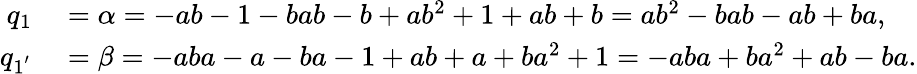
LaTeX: \begin{array}{rl}{q_{1}}&{{}=\alpha=-ab-1-bab-b+ab^{2}+1+ab+b=ab^{2}-bab-ab+ba,}\\ {q_{1^{'}}}&{{}=\beta=-aba-a-ba-1+ab+a+ba^{2}+1=-aba+ba^{2}+ab-ba.}\end{array}